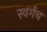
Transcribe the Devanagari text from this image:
स्वर्गच